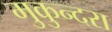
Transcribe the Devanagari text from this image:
मुकुन्दरा